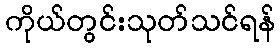
ကိုယ်တွင်းသုတ်သင်ရန်